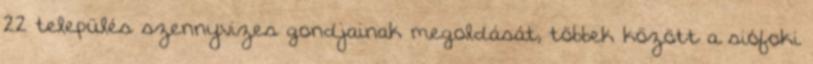
22 település szennyvizes gondjainak megoldását, többek között a siófoki